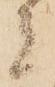
者